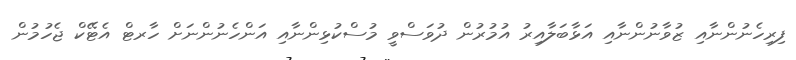
ފިރިހެނުންނާއި ޒުވާނުންނާއި އަޅާބަލާއިރު އުމުރުން ދުވަސްވީ މުސްކުޅިންނާއި އަންހެނުންނަށް ހާރޓް އެޓޭކް ޖެހުމުން